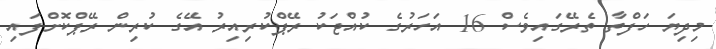
މިދިޔަ ހަފްތާ ތެރޭގައިވެސް 16 އަހަރުގެ ކުއްޖަކު ރޭޕްކުރިއިރު އޭގެ ކުރިން ރޭޕްކޮށްފައި